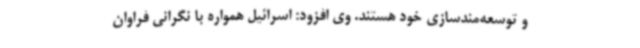
و توسعه‌مندسازی خود هستند. وی افزود: اسرائیل همواره با نگرانی فراوان